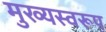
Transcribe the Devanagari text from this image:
मुख्यस्वरूप